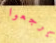
يرجعوا